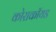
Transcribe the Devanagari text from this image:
कोराकॉयड